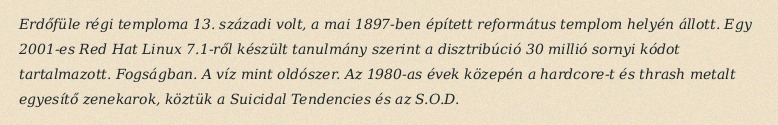
Erdőfüle régi temploma 13. századi volt, a mai 1897-ben épített református templom helyén állott. Egy 2001-es Red Hat Linux 7.1-ről készült tanulmány szerint a disztribúció 30 millió sornyi kódot tartalmazott. Fogságban. A víz mint oldószer. Az 1980-as évek közepén a hardcore-t és thrash metalt egyesítő zenekarok, köztük a Suicidal Tendencies és az S.O.D.